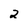
Character: 2